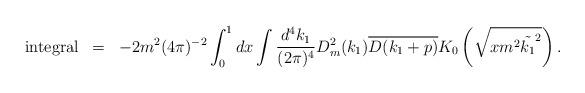
LaTeX: \begin{align*}\begin{array}{rcl}{\rm integral}&=&\displaystyle -2m^2(4\pi)^{-2}\int_0^1 dx\int\frac{d^4k_1}{(2\pi)^4}D_m^2(k_1)\overline{D(k_1+p)}K_0\left(\sqrt{xm^2\tilde{k_1}^2}\right).\end{array}\end{align*}